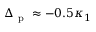
\Delta _ { \mathrm { ~ p ~ } } \approx - 0 . 5 \kappa _ { 1 }